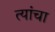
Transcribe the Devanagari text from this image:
त्यांंचा